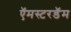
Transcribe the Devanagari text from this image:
ऍमस्टरडॅम